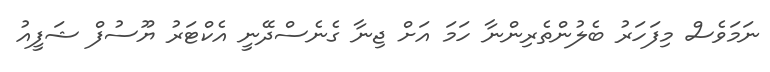
ނަމަވެސް މިފަހަރު ބެލުންތެރިންނާ ހަމަ އަށް ޖިނާ ގެނެސްދޭނީ އެކްޓަރު ޔޫސުފް ޝަފީއު